Insane asylums Bombay 1873-77 - 1873-1877
Year: 1873
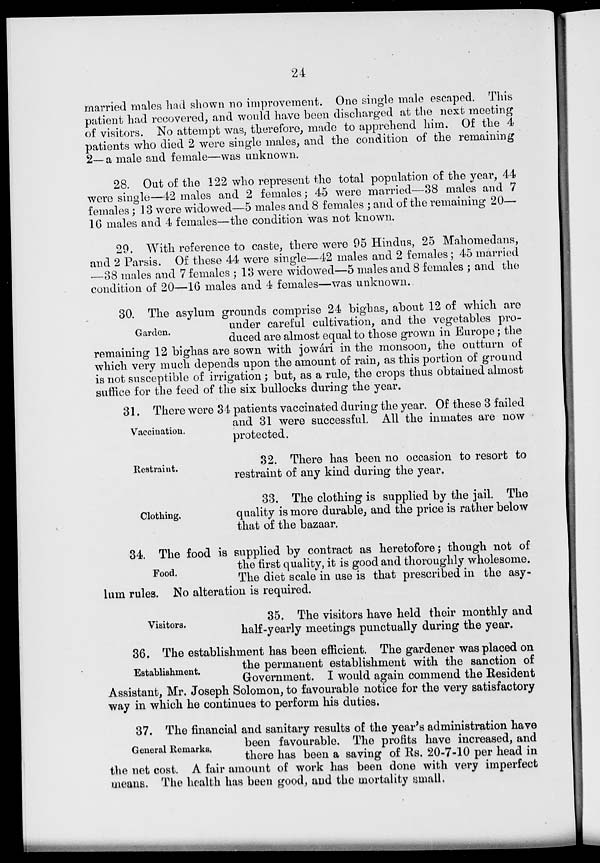
24
married males had shown no improvement. One single male escaped. This
patient had recovered, and would have been discharged at the next meeting
of visitors. No attempt was, therefore, made to apprehend him. Of the 4
patients who died 2 were single males, and the condition of the remaining
2—a male and female—was unknown.
28. Out of the 122 who represent the total population of the year, 44
were single—42 males and 2 females; 45 were married—38 males and 7
females; 13 were widowed—5 males and 8 females ; and of the remaining 20—
16 males and 4 females—the condition was not known.
29. With reference to caste, there were 95 Hindus, 25 Mahomedans,
and 2 Parsis. Of these 44 were single—42 males and 2 females; 45 married
—38 males and 7 females ; 13 were widowed—5 males and 8 females ; and the
condition of 20—16 males and 4 females—was unknown.
Garden.
30. The asylum grounds comprise 24 bighas, about 12 of which are
under careful cultivation, and the vegetables pro-
duced are almost equal to those grown in Europe; the
remaining 12 bighas are sown with jowári in the monsoon, the outturn of
which very much depends upon the amount of rain, as this portion of ground
is not susceptible of irrigation ; but, as a rule, the crops thus obtained almost
suffice for the feed of the six bullocks during the year.
Vaccination.
31. There were 34 patients vaccinated during the year. Of these 3 failed
and 31 were successful. All the inmates are now
protected.
Restraint.
32. There has been no occasion to resort to
restraint of any kind during the year.
Clothing.
33. The clothing is supplied by the jail. The
quality is more durable, and the price is rather below
that of the bazaar.
Food.
34. The food is supplied by contract as heretofore; though not of
the first quality, it is good and thoroughly wholesome.
The diet scale in use is that prescribed in the asy-
lum rules. No alteration is required.
Visitors.
35. The visitors have held their monthly and
half-yearly meetings punctually during the year.
Establishment.
36. The establishment has been efficient. The gardener was placed on
the permanent establishment with the sanction of
Government. I would again commend the Resident
Assistant, Mr. Joseph Solomon, to favourable notice for the very satisfactory
way in which he continues to perform his duties.
General Remarks.
37. The financial and sanitary results of the year's administration have
been favourable. The profits have increased, and
there has been a saving of Rs. 20-7-10 per head in
the net cost. A fair amount of work has been done with very imperfect
means. The health has been good, and the mortality small.